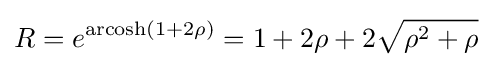
R=e^{\operatorname {arcosh} (1+2\rho )}=1+2\rho +2{\sqrt {\rho ^{2}+\rho }}